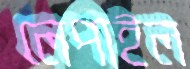
লেপাইল